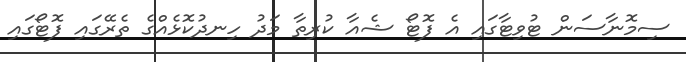
ސިމޮނާސަން ޓުވިޓާގައި އެ ފޮޓޯ ޝެއާ ކުރިތާ މަދު ހިނދުކޮޅެއްގެ ތެރޭގައި ފޮޓޯގައި